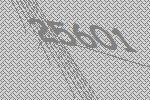
25601